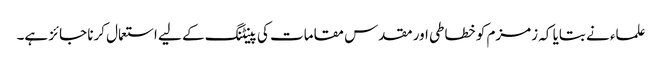
علماء نے بتایا کہ زمزم کو خطاطی اور مقدس مقامات کی پینٹنگ کے لیے استعمال کرنا جائز ہے۔